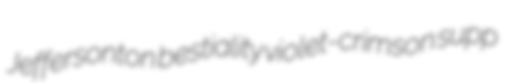
Jeffersonton bestiality violet-crimson supp